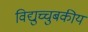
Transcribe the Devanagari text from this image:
विद्युच्चुबकीय